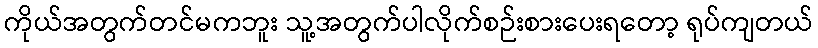
ကိုယ်အတွက်တင်မကဘူး သူ့အတွက်ပါလိုက်စဉ်းစားပေးရတော့ ရုပ်ကျတယ်